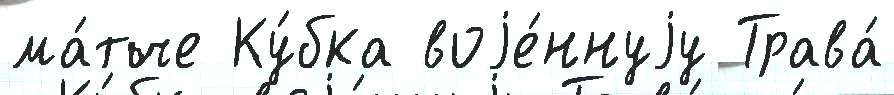
ма́тче Ку́бка воjе́ннуjу Трава́